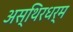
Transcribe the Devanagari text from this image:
अस्थिरधर्म